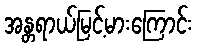
အန္တရာယ်မြင့်မားကြောင်း